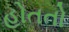
હોતતો